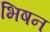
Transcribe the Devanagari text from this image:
भिषन